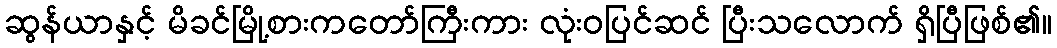
ဆွန်ယာနှင့် မိခင်မြို့စားကတော်ကြီးကား လုံးဝပြင်ဆင် ပြီးသလောက် ရှိပြီဖြစ်၏။